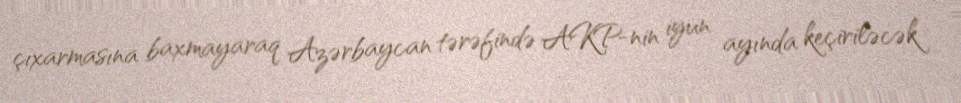
çıxarmasına baxmayaraq Azərbaycan tərəfində AKP-nin iyun ayında keçiriləcək